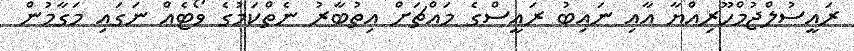
ރައީސުލްޖުމްހޫރިއްޔާ އާއި ނައިބު ރައީސްގެ މައްޗަށް އިތުބާރު ނެތްކަމުގެ ވޯޓެއް ނަގައި މަގާމުން